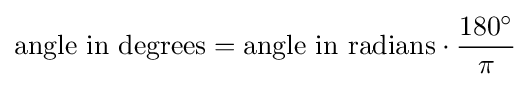
{\text{angle in degrees}}={\text{angle in radians}}\cdot {\frac {180^{\circ }}{\pi }}